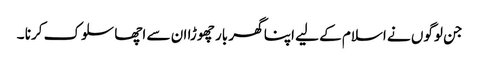
جن لوگوں نے اسلام کے لیے اپنا گھر بار چھوڑا ان سے اچھا سلوک کرنا ۔